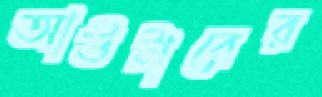
আউটারের